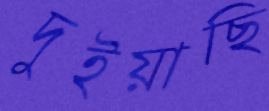
দুইয়াছি